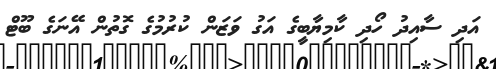
އަދި ސާއިދު ހޯދި ކާމިޔާބީގެ އަގު ވަޒަން ކުރުމުގެ ގޮތުން އޭނަގެ ބޫޓް